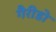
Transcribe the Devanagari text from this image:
गैरीडो